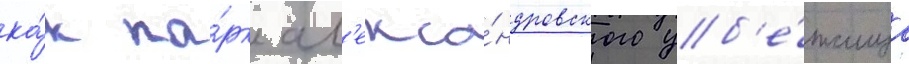
ка́к па́рк ал'екса́ндровского уб'е́жища